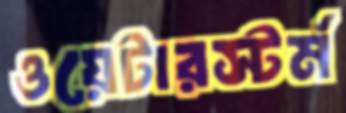
ওয়েটারস্টর্ম